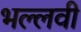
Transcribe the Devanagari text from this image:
भल्लवी